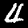
Label: 4